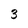
Character: 3